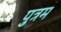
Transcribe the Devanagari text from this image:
पुत्रम